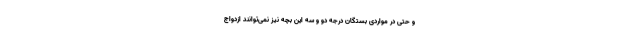
و حتی در مواردی بستگان درجه دو و سه این بچه نیز نمی‌توانند ازدواج